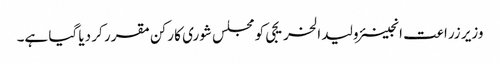
وزیر زراعت انجینئر ولید الخریجی کو مجلس شوری کا رکن مقرر کر دیا گیا ہے۔